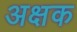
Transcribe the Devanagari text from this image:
अक्षक